Annual administration report of the Civil Veterinary Department of India - 1893-1894
Year: 1893
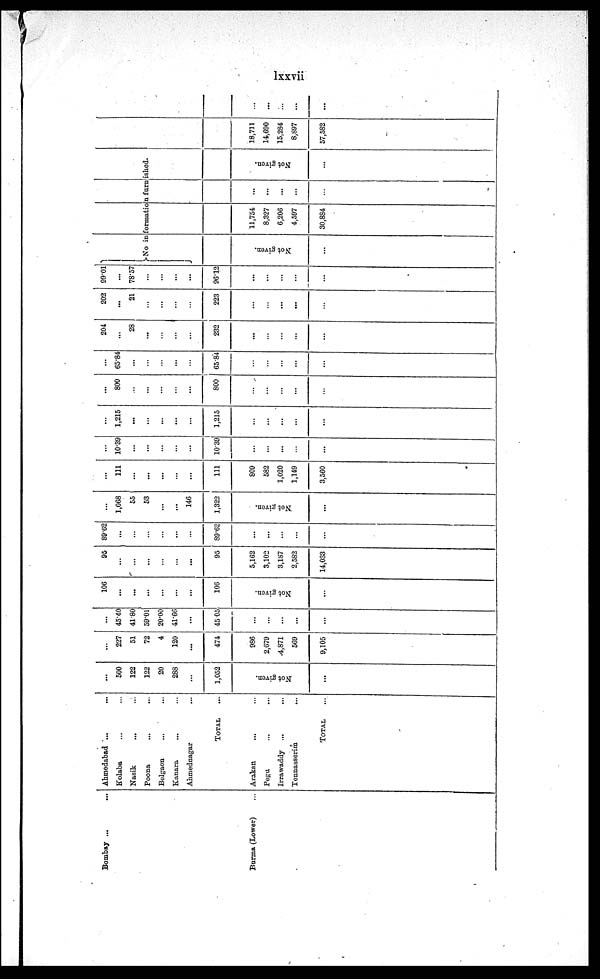
lxxvii
Bombay ... ...
Burma (Lower) ...
Ahmedabad ... ...
Kolaba ... ...
Nasik ... ...
Poona ... ...
Belgaon ... ...
Kanara ... ...
Ahmednagar ...
TOTAL ...
Arakan
... ...
Pegu ... ...
Irrawaddy ... ...
Tonnasserim ...
TOTAL ...
...
500
122
122
20
288
...
1,052
Not given.
...
...
227
51
72
4
120
...
474
986
2,679
4,871
569
9,105
...
45.40
41.80
59.01
20.00
41.66
...
45 05
...
...
...
...
...
106
...
...
...
...
...
...
106
Not given.
...
95
...
...
...
...
...
...
95
5,162
3,102
3,187
2,582
14,033
89.62
...
...
...
...
...
...
89.62
...
...
...
...
...
...
1,068
55
53
...
...
146
1,322
Not given.
...
...
111
...
...
...
...
...
111
809
582
1,020
1,149
3.560
...
10.39
...
...
...
...
...
10.39
...
...
...
...
...
...
1,215
...
...
...
...
...
1,215
...
...
...
...
...
...
800
...
...
...
...
...
800
...
...
...
...
...
...
65.84
...
...
...
...
...
65.84
...
...
...
...
...
204
...
28
...
...
...
...
232
...
...
...
...
...
202
...
21
...
...
...
...
223
...
...
...
...
...
99.01
...
78.57
...
...
...
...
96.12
...
...
...
...
...
No information furnished.
Not given.
...
11,754
8,327
6,206
4,597
30,884
...
...
...
...
...
Not given.
...
18,711
14,690
15,284
8,897
57,582
...
...
...
...
...